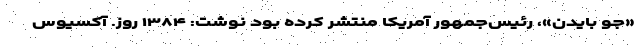
«جو بایدن»، رئیس‌جمهور آمریکا منتشر کرده بود نوشت: ۱۳۸۴ روز. آکسیوس